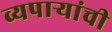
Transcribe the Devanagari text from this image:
व्यपाऱ्यांची